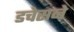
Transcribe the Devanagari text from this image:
डचेसने